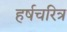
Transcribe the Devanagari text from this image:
हर्षचरित्र